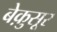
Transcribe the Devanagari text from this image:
बेक़ुसूर